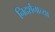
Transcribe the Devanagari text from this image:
निदर्शनाच्या